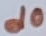
Text: d0